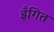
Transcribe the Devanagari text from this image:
इँगित